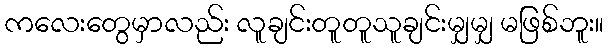
ကလေးတွေမှာလည်း လူချင်းတူတူသူချင်းမျှမျှ မဖြစ်ဘူး။